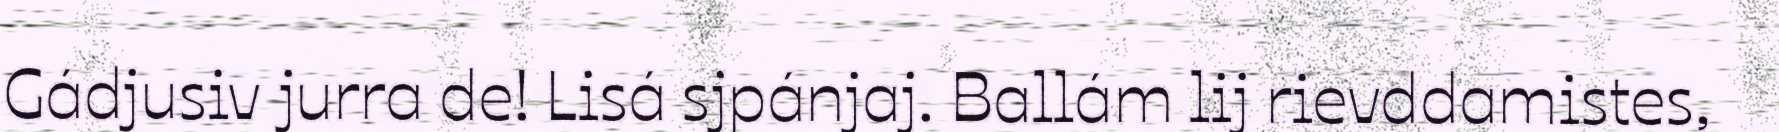
Gádjusiv jurra de! Lisá sjpánjaj. Ballám lij rievddamistes,